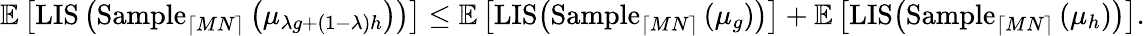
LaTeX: \mathbb{E}\left[\mathrm{LIS}\left(\mathrm{Sample}_{\lceil MN\rceil}\left(\mu_{\lambda g+(1-\lambda)h}\right)\right)\right]\leq\mathbb{E}\left[\mathrm{LIS}\big(\mathrm{Sample}_{\lceil MN\rceil}\left(\mu_{g}\right)\big)\right]+\mathbb{E}\left[\mathrm{LIS}\big(\mathrm{Sample}_{\lceil MN\rceil}\left(\mu_{h}\right)\big)\right].